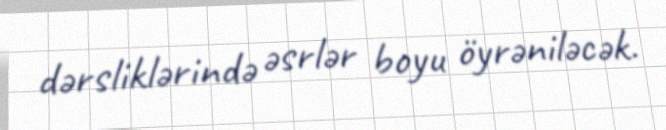
dərsliklərində əsrlər boyu öyrəniləcək.